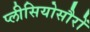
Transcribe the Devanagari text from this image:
प्लीसियोसौरों